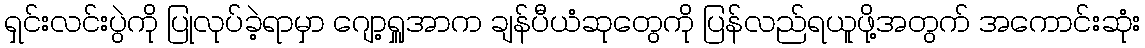
ရှင်းလင်းပွဲကို ပြုလုပ်ခဲ့ရာမှာ ဂျော့ရှူအာက ချန်ပီယံဆုတွေကို ပြန်လည်ရယူဖို့အတွက် အကောင်းဆုံး